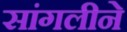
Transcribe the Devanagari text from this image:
सांगलीने